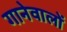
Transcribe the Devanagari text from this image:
गानेवालों